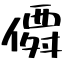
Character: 僲